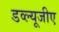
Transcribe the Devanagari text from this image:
डव्ल्यूजीए